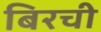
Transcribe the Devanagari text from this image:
बिरची